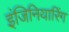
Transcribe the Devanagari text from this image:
इंजिनियारिंग